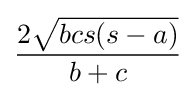
{\frac {2{\sqrt {bcs(s-a)}}}{b+c}}